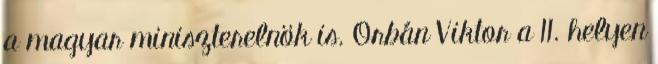
a magyar miniszterelnök is. Orbán Viktor a 11. helyen